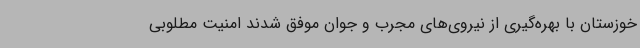
خوزستان با بهره‌گیری از نیروی‌های مجرب و جوان موفق شدند امنیت مطلوبی